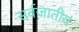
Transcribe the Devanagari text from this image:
सर्वजातीय